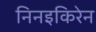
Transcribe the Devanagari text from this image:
निनइकिरेन